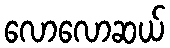
လောလောဆယ်